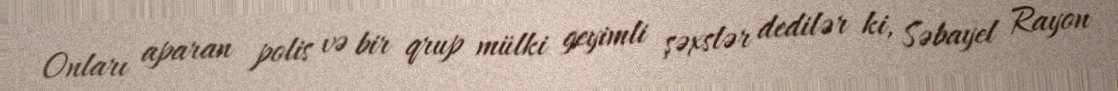
Onları aparan polis və bir qrup mülki geyimli şəxslər dedilər ki, Səbayel Rayon